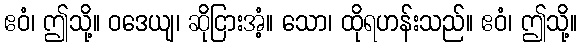
ဧဝံ၊ ဤသို့။ ဝဒေယျ၊ ဆိုငြားအံ့။ သော၊ ထိုရဟန်းသည်။ ဧဝံ၊ ဤသို့။